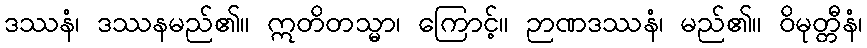
ဒဿနံ၊ ဒဿနမည်၏။ ဣတိတသ္မာ၊ ကြောင့်။ ဉာဏဒဿနံ၊ မည်၏။ ဝိမုတ္တီနံ၊